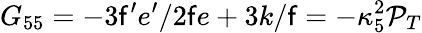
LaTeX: G_{55}=-3\mathsf{f}^{\prime}e^{\prime}/2\mathsf{f}e+3k/\mathsf{f}=-\kappa_{5}^{2}\mathcal{P}_{T}